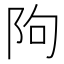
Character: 䧁